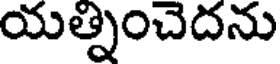
యత్నించెదను